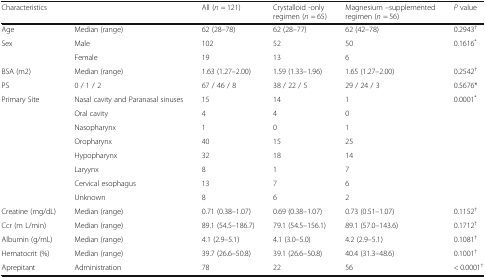
<table><thead><tr><td colspan="2"><b>Characteristics</b></td><td><b>All (<i>n</i> = 121)</b></td><td><b>Crystalloid -only regimen (<i>n</i> = 65)</b></td><td><b>Magnesium –supplemented regimen (<i>n</i> = 56)</b></td><td><b><i>P</i> value</b></td></tr></thead><tbody><tr><td>Age</td><td>Median (range)</td><td>62 (28–78)</td><td>62 (28–77)</td><td>62 (42–78)</td><td>0.2943<sup>†</sup></td></tr><tr><td rowspan="2">Sex</td><td>Male</td><td>102</td><td>52</td><td>50</td><td rowspan="2">0.1616<sup>*</sup></td></tr><tr><td>Female</td><td>19</td><td>13</td><td>6</td></tr><tr><td>BSA (m2)</td><td>Median (range)</td><td>1.63 (1.27–2.00)</td><td>1.59 (1.33–1.96)</td><td>1.65 (1.27–2.00)</td><td>0.2542<sup>†</sup></td></tr><tr><td>PS</td><td>0 / 1 / 2</td><td>67 / 46 / 8</td><td>38 / 22 / 5</td><td>29 / 24 / 3</td><td>0.5676*</td></tr><tr><td rowspan="8">Primary Site</td><td>Nasal cavity and Paranasal sinuses</td><td>15</td><td>14</td><td>1</td><td rowspan="8">0.0001<sup>*</sup></td></tr><tr><td>Oral cavity</td><td>4</td><td>4</td><td>0</td></tr><tr><td>Nasopharynx</td><td>1</td><td>0</td><td>1</td></tr><tr><td>Oropharynx</td><td>40</td><td>15</td><td>25</td></tr><tr><td>Hypopharynx</td><td>32</td><td>18</td><td>14</td></tr><tr><td>Laryynx</td><td>8</td><td>1</td><td>7</td></tr><tr><td>Cervical esophagus</td><td>13</td><td>7</td><td>6</td></tr><tr><td>Unknown</td><td>8</td><td>6</td><td>2</td></tr><tr><td>Creatine (mg/dL)</td><td>Median (range)</td><td>0.71 (0.38–1.07)</td><td>0.69 (0.38–1.07)</td><td>0.73 (0.51–1.07)</td><td>0.1152<sup>†</sup></td></tr><tr><td>Ccr (m L/min)</td><td>Median (range)</td><td>89.1 (54.5–186.7)</td><td>79.1 (54.5–156.1)</td><td>89.1 (57.0–143.6)</td><td>0.1712<sup>†</sup></td></tr><tr><td>Albumin (g/mL)</td><td>Median (range)</td><td>4.1 (2.9–5.1)</td><td>4.1 (3.0–5.0)</td><td>4.2 (2.9–5.1)</td><td>0.1081<sup>†</sup></td></tr><tr><td>Hematocrit (%)</td><td>Median (range)</td><td>39.7 (26.6–50.8)</td><td>39.1 (26.6–50.8)</td><td>40.4 (31.3–48.6)</td><td>0.1001<sup>†</sup></td></tr><tr><td>Aprepitant</td><td>Administration</td><td>78</td><td>22</td><td>56</td><td>&lt; 0.0001<sup>†</sup></td></tr></tbody></table>